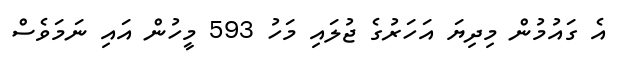
އެ ގައުމުން މިދިޔަ އަހަރުގެ ޖުލައި މަހު 593 މީހުން އައި ނަމަވެސް